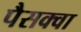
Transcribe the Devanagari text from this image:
पैसक्वा